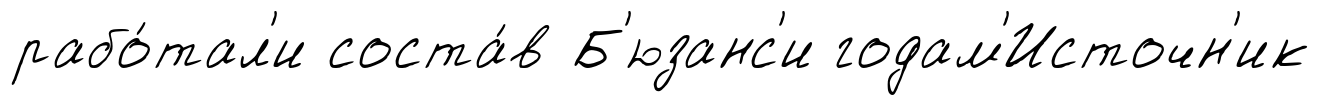
рабо́тал'и соста́в Б'юзанс'и годам'Источн'ик